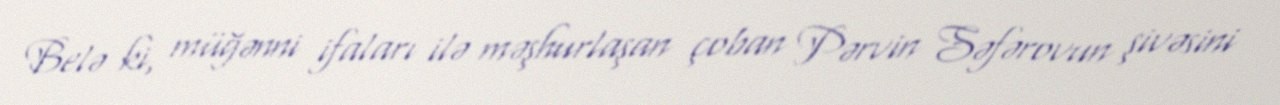
Belə ki, müğənni ifaları ilə məşhurlaşan çoban Pərvin Səfərovun şivəsini